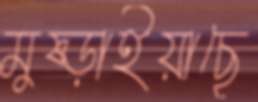
মুষ্‌ড়াইয়াছে